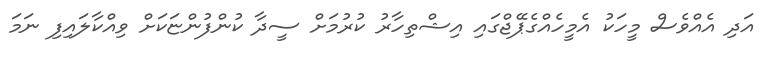
އަދި އެއްވެސް މީހަކު އެމީހެއްގެޕޭޖްގައި އިޝްތިހާރު ކުރުމަށް ސީދާ ކުންފުންޏަކަށް ވިއްކާލައިފި ނަމަ